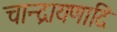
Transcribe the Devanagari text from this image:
चान्द्रायणादि